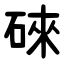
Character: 䂾